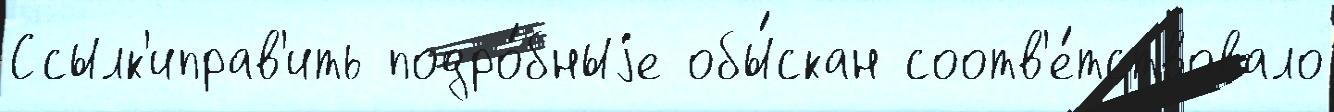
Ссылк'иправ'ить подро́бныjе обы́скан соотв'е́тствовало